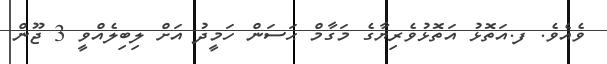
ވެއެވެ. ފ.އަތޮޅު އަތޮޅުވެރިޔާގެ މަގާމް ޙަސަން ހަމީދު އަށް ލިބިލެއްވީ 3 ޖޫން